Document type: Sale
Year: 1423
Scribe: Joan Franc
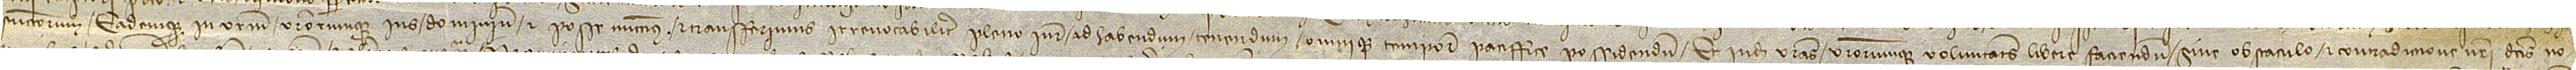
successorum, eademque in vestrum vestrorumque ius, dominium et posse mittimus et transferimus irrevocabiliter pleno iure, ad habendum, tenendum omnique tempore paciffice possidendum, et inde vestras vestrorumque voluntates libere faciendum sine obstaculo et contradiccione nostri dictis no-